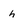
Character: h